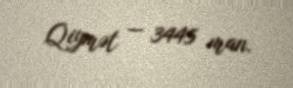
Qiymət — 3445 man.